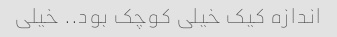
اندازه کیک خیلی کوچک بود.. خیلی